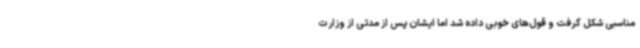
مناسبی شکل گرفت و قول‌های خوبی داده شد اما ایشان پس از مدتی از وزارت